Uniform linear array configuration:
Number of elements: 16
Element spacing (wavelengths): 0.25
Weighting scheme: blackman
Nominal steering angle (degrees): -60
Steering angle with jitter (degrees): -58.46
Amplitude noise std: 0.05
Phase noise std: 0.05

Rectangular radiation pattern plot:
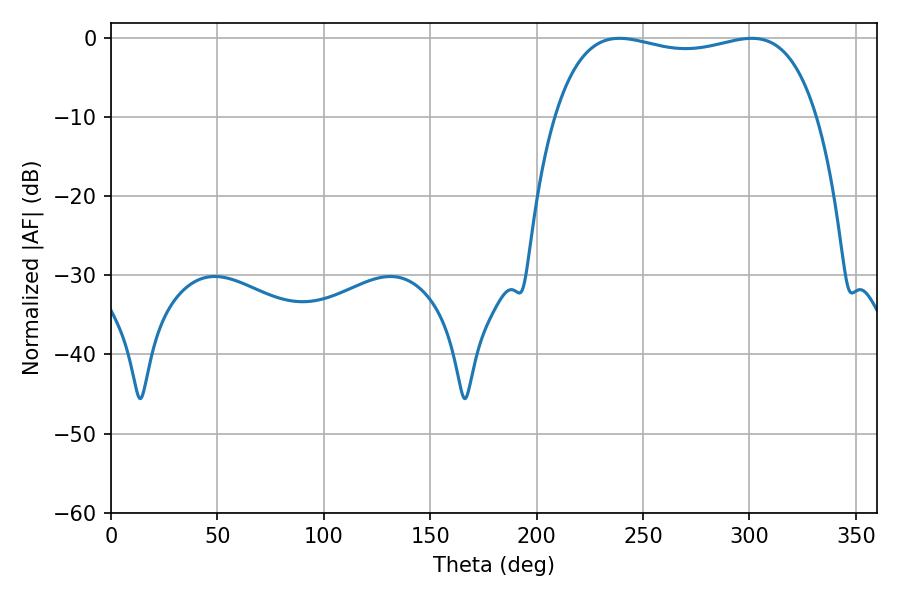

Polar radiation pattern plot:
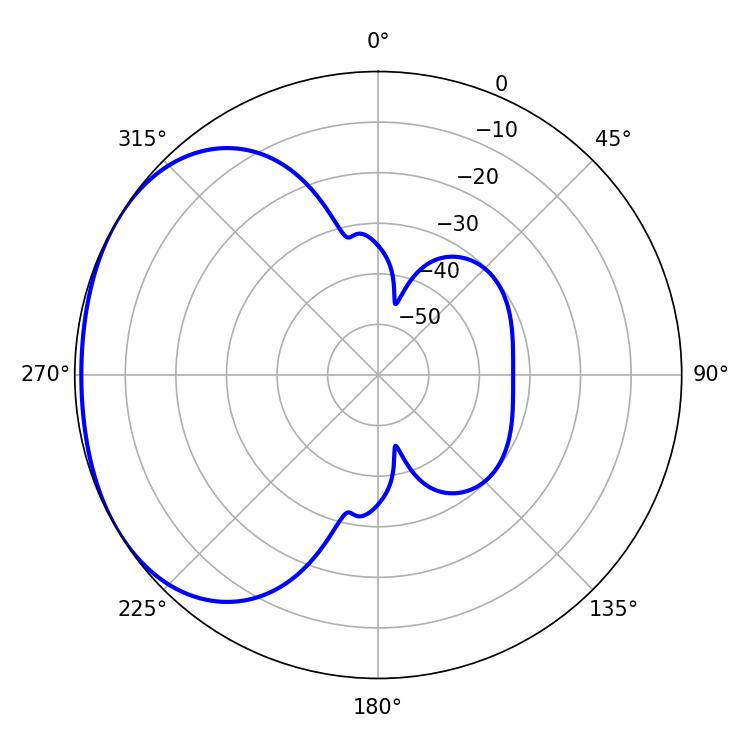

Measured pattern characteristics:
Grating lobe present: FALSE
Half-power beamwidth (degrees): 100.08
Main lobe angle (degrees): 238.86